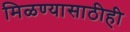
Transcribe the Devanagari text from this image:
मिळण्यासाठीही